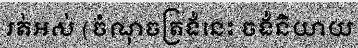
រត់អស់ (ចំណុចត្រង់នេះ ចង់និយាយ